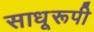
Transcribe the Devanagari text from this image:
साधूरूपी